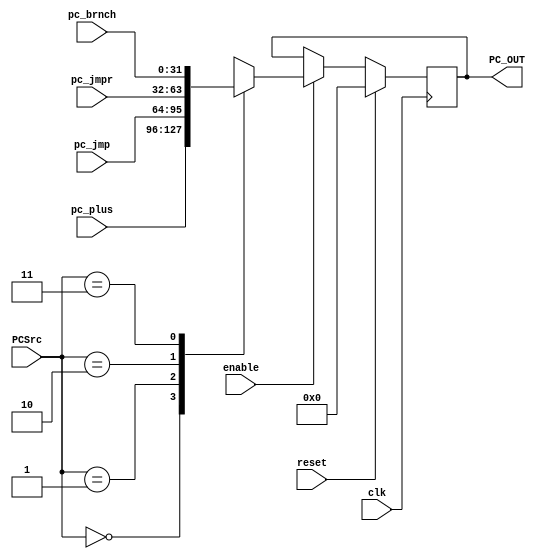
module PCMux( 
    input clk,reset,enable,
    input wire [1:0] PCSrc,
	input wire [31:0] pc_plus,
    input wire [31:0] pc_jmp,
    input wire [31:0] pc_jmpr,
    input wire [31:0] pc_brnch,
	output reg [31:0] PC_OUT
   );

    localparam
	PC_PLUS4   = 0,
	PC_JUMP    = 1,
	PC_JR      = 2,
	PC_BRANCH  = 3;

    always @(posedge clk) begin
		if (reset) begin
			PC_OUT <= 32'b0;
		end
		else if (enable) begin
			case (PCSrc)
				PC_PLUS4: PC_OUT <= pc_plus;
				PC_JUMP: PC_OUT <= pc_jmp;
				PC_JR: PC_OUT <= pc_jmpr;
				PC_BRANCH: PC_OUT <= pc_brnch;
			endcase
		end
	end

endmodule

module ForwardingMux( 
    input wire [1:0] Frwd1_ID,
    input wire [1:0] Frwd2_ID,
	input wire [31:0] regA_ID,
    input wire [31:0] regB_ID,
    input wire [31:0] ALUout1,
    input wire [31:0] ALUout2,
    input wire [31:0] read_data,
	output reg [31:0] regA_Frwd,
    output reg [31:0] regB_Frwd
   );

    always @(*) begin
		regA_Frwd = regA_ID;
		regB_Frwd = regB_ID;
		case (Frwd1_ID)
			0: regA_Frwd = regA_ID;
			1: regA_Frwd = ALUout1;
			2: regA_Frwd = ALUout2;
			3: regA_Frwd = read_data;
		endcase
		case (Frwd2_ID)
			0: regB_Frwd = regB_ID;
			1: regB_Frwd = ALUout1;
			2: regB_Frwd = ALUout2;
			3: regB_Frwd = read_data;
		endcase
	end

endmodule


module Mux3to1_32( 
    input wire [1:0] select,
	input wire [31:0] in1,
    input wire [31:0] in2,
    input wire [31:0] in3,
	output reg [31:0] out
   );

	always @ (*) begin
	case (select)
			0: out = in1;
			1: out = in2;
			2: out = in3;
	endcase
	end

endmodule

module Mux3to1_5( 
    input wire [1:0] select,
	input wire [4:0] in1,
    input wire [4:0] in2,
    input wire [4:0] in3,
	output reg [4:0] out
   );

	always @ (*) begin
	case (select)
			0: out = in1;
			1: out = in2;
			2: out = in3;
	endcase
	end

endmodule

module Mux2to1_32( 
    input wire select,
	input wire [31:0] in1,
    input wire [31:0] in2,
	output reg [31:0] out
   );

	always @ (*) begin
	case (select)
			0: out = in1;
			1: out = in2;
	endcase
	end

endmodule

module Mux2to1_reg( 
    input wire [4:0] select,
	input wire [31:0] in1,
    input wire [31:0] in2,
	output reg [31:0] out
   );

	always @ (*) begin
	case (select)
			0: out = in1;
			default: out = in2;
	endcase
	end

endmodule